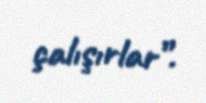
çalışırlar”.